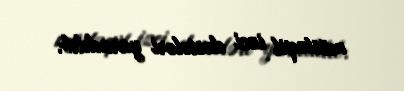
müstəqil izci dəstələri yaradılıb.